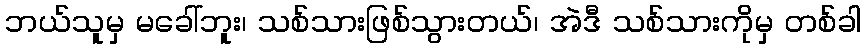
ဘယ်သူမှ မခေါ်ဘူး၊ သစ်သားဖြစ်သွားတယ်၊ အဲဒီ သစ်သားကိုမှ တစ်ခါ